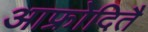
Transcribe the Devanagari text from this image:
आफ्रोदितै